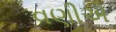
વણીએ